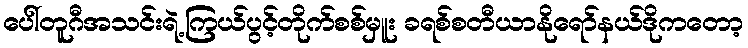
ပေါ်တူဂီအသင်းရဲ့ကြယ်ပွင့်တိုက်စစ်မှူး ခရစ်စတီယာနိုရော်နယ်ဒိုကတော့